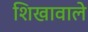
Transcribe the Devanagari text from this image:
शिखावाले